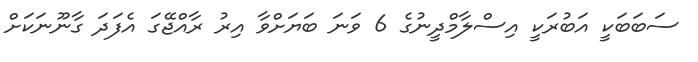
ސަބަބަކީ އަބުރަކީ އިސްލާމްދީނުގެ 6 ވަނަ ބަޔަށްވާ އިރު ރާއްޖޭގަ އެފަދަ ގާނޫނަކަށް